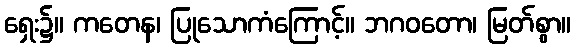
ရှေး၌။ ကတေန၊ ပြုသောကံကြောင့်။ ဘဂဝတော၊ မြတ်စွာ။